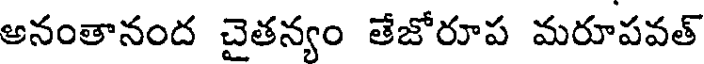
అనంతానంద చైతన్యం తేజోరూప మరూపవత్